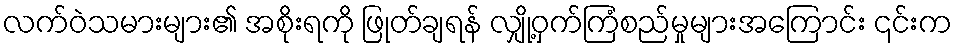
လက်ဝဲသမားများ၏ အစိုးရကို ဖြုတ်ချရန် လျှို့ဝှက်ကြံစည်မှုများအကြောင်း ၎င်းက